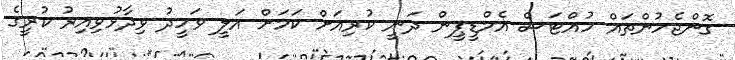
ގޮންޖެހުންތައް ހުއްޓަސް އެމްޑީޕީން ދަނީ ކުރިއަށް ކަމަށް އަލީ ވަހީދު ވިދާޅުވިއިރު ކުރީގެ